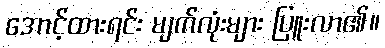
အောင့်ထားရင်း မျက်လုံးများ ပြူးလာ၏။